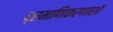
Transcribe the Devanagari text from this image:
प्रमाणिकरणाशी